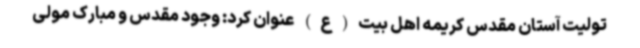
تولیت آستان مقدس کریمه اهل بیت(ع) عنوان کرد: وجود مقدس و مبارک مولی